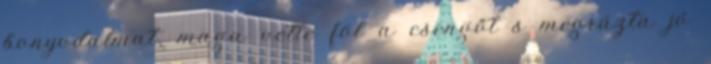
bonyodalmat, maga vette föl a csengőt s megrázta jó